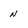
Character: n